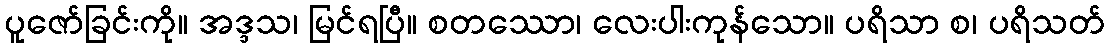
ပူဇော်ခြင်းကို။ အဒ္ဒသ၊ မြင်ရပြီ။ စတဿော၊ လေးပါးကုန်သော။ ပရိသာ စ၊ ပရိသတ်